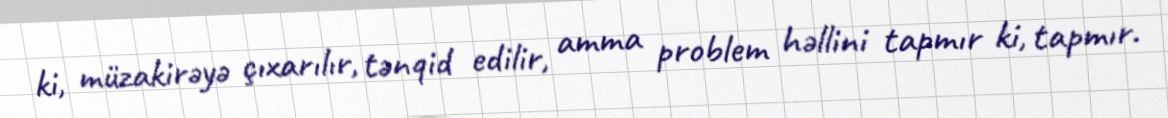
ki, müzakirəyə çıxarılır, tənqid edilir, amma problem həllini tapmır ki, tapmır.